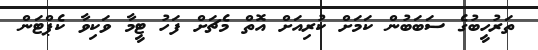
ތަރުހީބުގެ ސަބަބުން ކަމަށް ކުރިއަށް އޮތް މެޗަށް ފަހު ޓީމާ ވަކިވާ ކެޕްޓަން